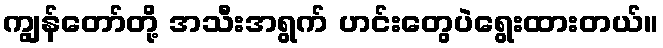
ကျွန်တော်တို့ အသီးအရွက် ဟင်းတွေပဲရွေးထားတယ်။